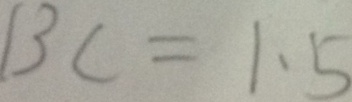
B C = 1 \cdot 5